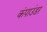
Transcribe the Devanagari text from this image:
कंपाउंडर